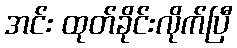
အင်း ထုတ်ခိုင်းလိုက်ပြီ